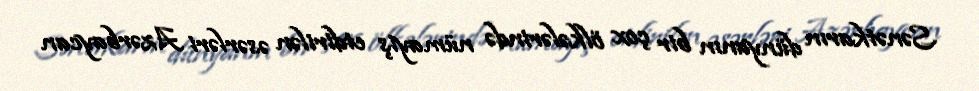
Sənətkarın dünyanın bir çox ölkələrində nümayiş etdirilən əsərləri Azərbaycan